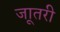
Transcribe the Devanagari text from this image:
जाूतरी